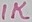
Text: 1K